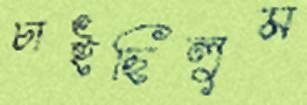
চাইছিলুম